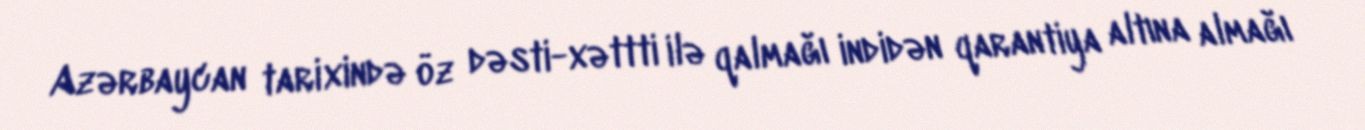
Azərbaycan tarixində öz dəsti-xəttti ilə qalmağı indidən qarantiya altına almağı